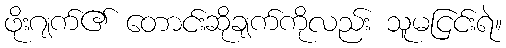
ဖိုးဂျက်၏ တောင်းဆိုချက်ကိုလည်း သူမငြင်းရဲ။